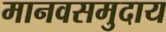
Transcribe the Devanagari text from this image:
मानवसमुदाय